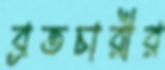
ব্রতচারীর